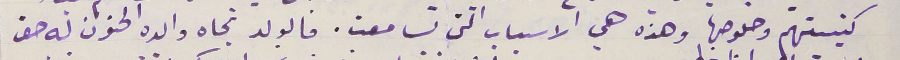
كنيستهم وخلوصها وهذه هي الاسباب التى تسامعت. فالولد تجاه والده الحنون له حق